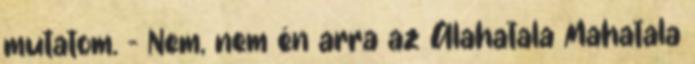
mutatom. - Nem, nem én arra az Alahatala Mahatala